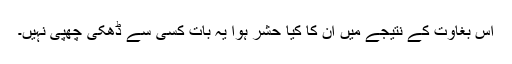
اس بغاوت کے نتیجے میں ان کا کیا حشر ہوا یہ بات کسی سے ڈھکی چْھپی نہیں۔